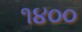
૧૪૦૦